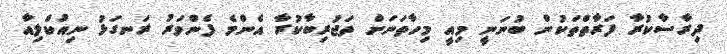
ދިރާސާކުރާ ފަރާތްތަކުން ބުނަނީ މިއީ މިހާތަނަށް ތަޖުރިބާކުރާ އެންމެ ފެންވަރު ރަނގަޅު ނިއުކްލިއާ